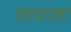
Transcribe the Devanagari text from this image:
सामाजा